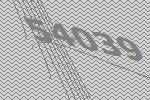
54039